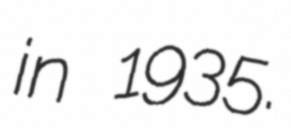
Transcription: in 1935.